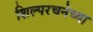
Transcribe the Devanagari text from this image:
शिल्परचनेच्या